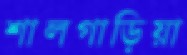
শালগাড়িয়া